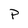
Character: p